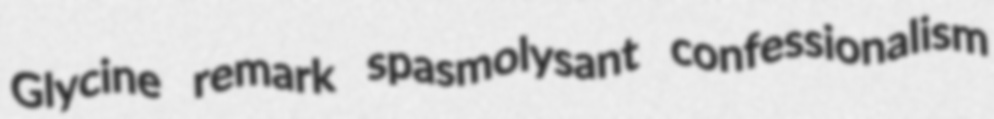
Glycine remark spasmolysant confessionalism